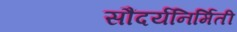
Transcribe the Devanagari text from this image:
सौंदर्यनिर्मिती